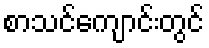
စာသင်ကျောင်းတွင်